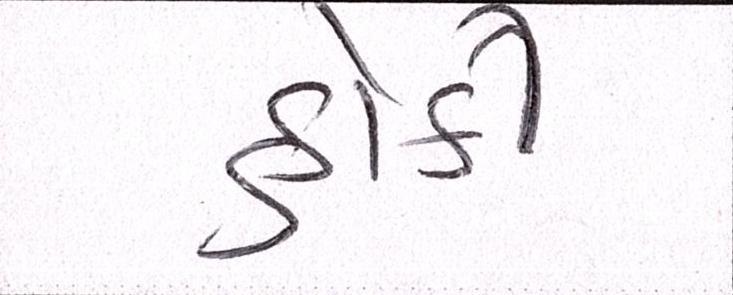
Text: હોકી